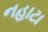
નહાટા